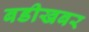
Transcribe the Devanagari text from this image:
बडीखबर